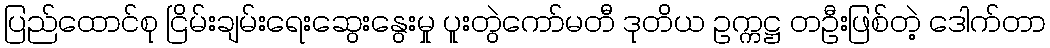
ပြည်ထောင်စု ငြိမ်းချမ်းရေးဆွေးနွေးမှု ပူးတွဲကော်မတီ ဒုတိယ ဥက္ကဋ္ဌ တဦးဖြစ်တဲ့ ဒေါက်တာ